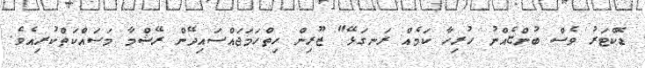
ޑޮކްޓަރު ވެސް ބުންޏެއްނު ހުރިހާ ކަމެއް ރަނގަޅޭ" ޒޫރިން ހިތްހަމަޖައްސައިދޭން ރޭޝްމާ މަސައްކަތްކުރިއެވެ.